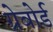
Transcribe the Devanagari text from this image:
ग्रेबोर्ड